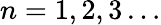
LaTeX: n=1,2,3\ldots